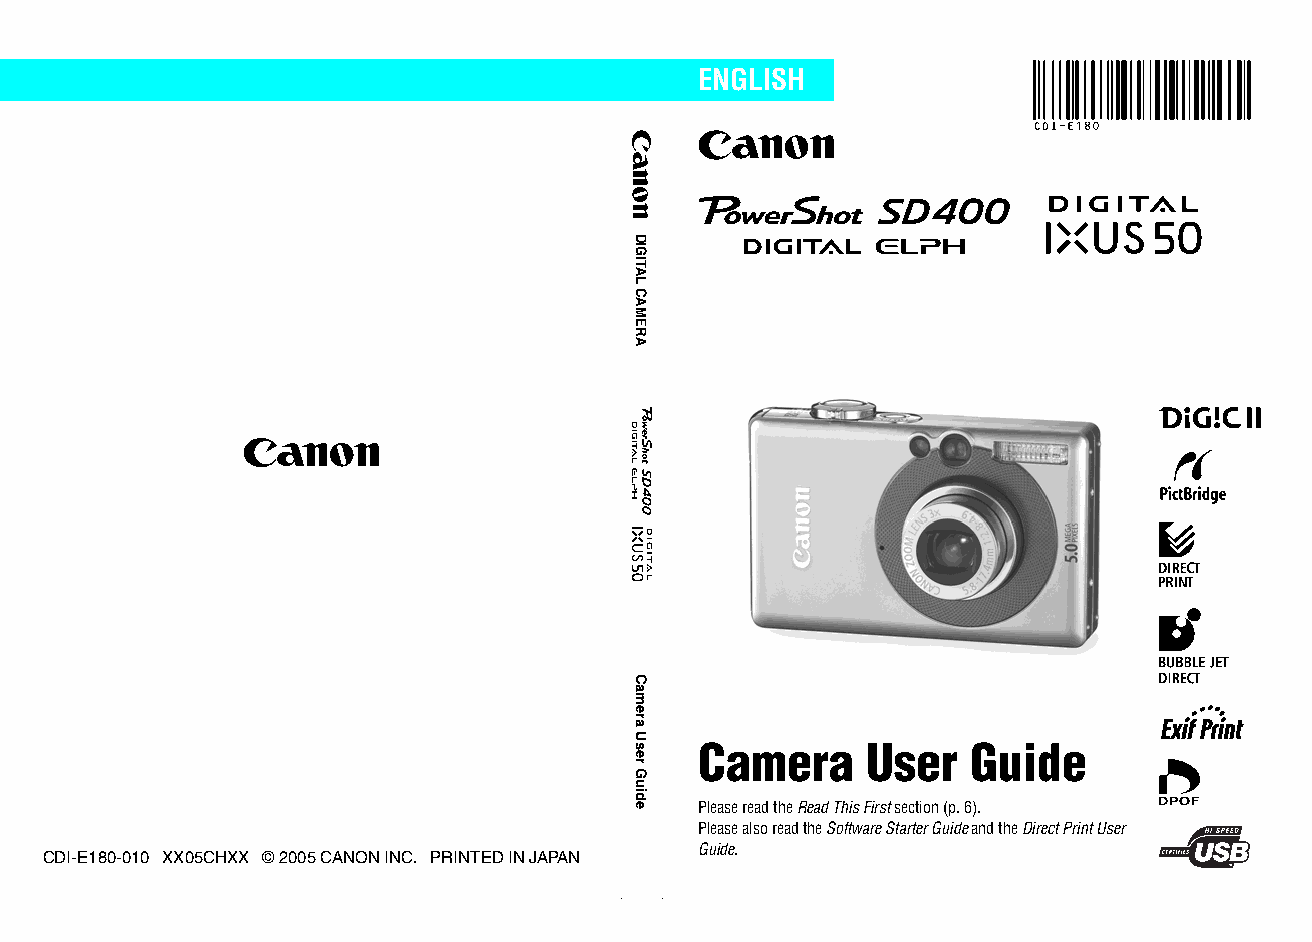
ENGLISH
 Camera     User   Guide
 Please read the Read This First section (p. 6).
 Please also read the Software Starter Guide and the Direct Print User
 Guide.
 CDI-E180-010 XX05CHXX © 2005 CANON INC. PRINTED IN JAPAN
 DIGITAL
 CAMERA
 Camera
 User
 Guide